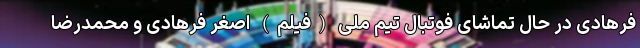
فرهادی در حال تماشای فوتبال تیم ملی (فیلم) اصغر فرهادی و محمدرضا